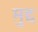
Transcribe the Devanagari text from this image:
मुद्द